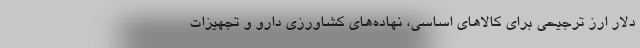
دلار ارز ترجیحی برای کالاهای اساسی، نهاده‌های کشاورزی دارو و تجهیزات